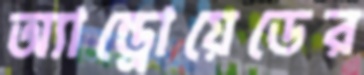
অ্যান্ড্রোয়েডের